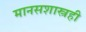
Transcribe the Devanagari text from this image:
मानसशास्त्रही